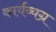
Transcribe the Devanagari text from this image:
कार्यव्यग्र